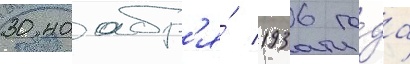
30 ноабр'я́ 1936 го́да